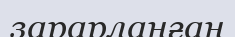
зарарланған